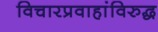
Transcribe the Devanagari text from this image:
विचारप्रवाहांविरुद्ध